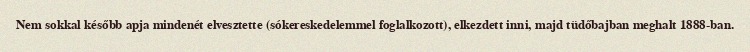
Nem sokkal később apja mindenét elvesztette (sókereskedelemmel foglalkozott), elkezdett inni, majd tüdőbajban meghalt 1888-ban.